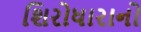
શિરોધારાનો